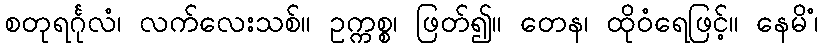
စတုရင်္ဂုလံ၊ လက်လေးသစ်။ ဥက္ကစ္စ၊ ဖြတ်၍။ တေန၊ ထိုဝံရေဖြင့်။ နေမိံ၊